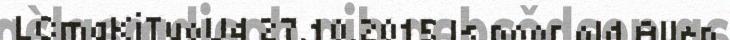
LCmaKiTuoU4 27.10.2015 Is poor old Allen